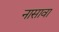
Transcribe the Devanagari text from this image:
नासावा